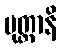
ပုတ္တာနိ